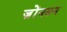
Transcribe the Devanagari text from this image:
ज़ोंनसन